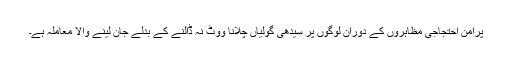
پُرامن احتجاجی مظاہروں کے دوران لوگوں پر سیدھی گولیاں چلانا ووٹ نہ ڈالنے کے بدلے جان لینے والا معاملہ ہے۔